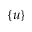
\{ u \}